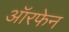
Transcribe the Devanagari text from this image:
ऑरफेन